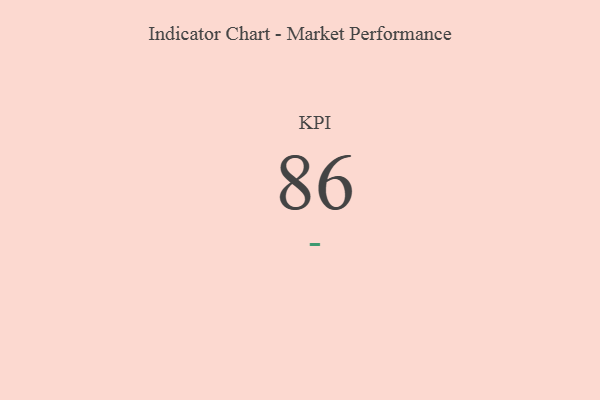
{"axis": {"x": "KPI", "y": "Value"}, "legend": [""], "data": [{"x": "KPI", "y": 86, "type": ""}]}